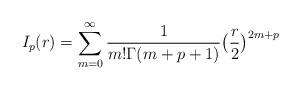
LaTeX: \begin{align*}I_p(r)=\sum_{m=0}^{\infty}\frac{1}{m!\Gamma(m+p+1)}\big(\frac{r}{2}\big)^{2m+p}\end{align*}